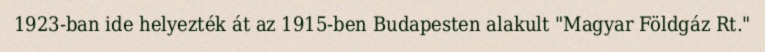
1923-ban ide helyezték át az 1915-ben Budapesten alakult "Magyar Földgáz Rt."